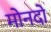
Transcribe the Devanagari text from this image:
मोनदो